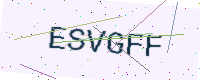
Text: ESVGFF